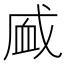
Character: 𰳧